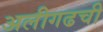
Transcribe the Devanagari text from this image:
अलीगढची